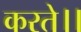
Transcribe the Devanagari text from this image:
करते।।